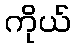
ကိုယ်